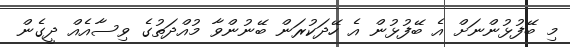
މި ބޭފުޅުންނަށް އެ ބޭފުޅުން އެ ހޭދަކުރަން ބޭނުންވާ މުއްދަތުގެ ވިސާއެއް ދީގެން